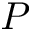
P